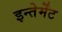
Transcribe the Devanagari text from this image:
इन्तेर्मेंट